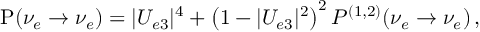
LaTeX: \mathrm { P } ( \nu _ { e } \to \nu _ { e } ) = | U _ { e 3 } | ^ { 4 } + \left( 1 - | U _ { e 3 } | ^ { 2 } \right) ^ { 2 } P ^ { ( 1 , 2 ) } ( \nu _ { e } \to \nu _ { e } ) \, ,